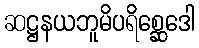
ဆဋ္ဌနယဘူမိပရိစ္ဆေဒေါ